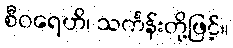
စီဝရေဟိ၊ သင်္ကန်းတို့ဖြင့်။